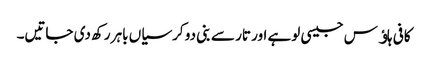
کافی ہاﺅس جیسی لوہے اور تار سے بنی دو کرسیاں باہر رکھ دی جاتیں۔